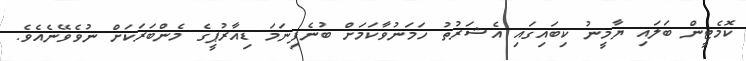
ކޮމެޓީން ބަލައި ޔާމީނު ކިބައިގައި އެޝަރުތު ހަމަނުވާކަމަށް ބުނެފިނަމަ ޑިއާރުޕީގެ މެންބަރަކަށް ނުވެވޭނެއެވެ.